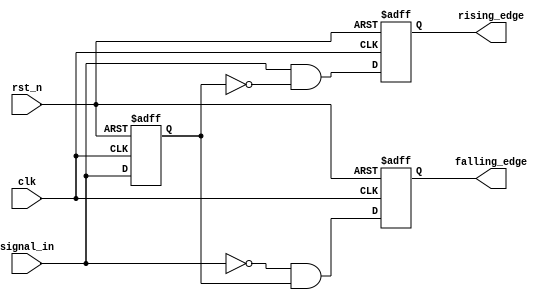
module dual_edge_detector (
    input wire clk,            // Clock signal
    input wire rst_n,         // Asynchronous reset (active low)
    input wire signal_in,     // Input signal to detect edges
    output reg rising_edge,    // Output signal for rising edge detection
    output reg falling_edge    // Output signal for falling edge detection
);

    // Memory element to store the previous state of the input signal
    reg previous_state;

    // Asynchronous reset and edge detection logic
    always @(posedge clk or negedge rst_n) begin
        if (!rst_n) begin
            // Reset condition
            previous_state <= 1'b0;
            rising_edge <= 1'b0;
            falling_edge <= 1'b0;
        end else begin
            // Edge detection logic
            rising_edge <= (signal_in && !previous_state); // Rising edge detected
            falling_edge <= (!signal_in && previous_state); // Falling edge detected
            
            // Update previous state for the next clock cycle
            previous_state <= signal_in;
        end
    end

endmodule